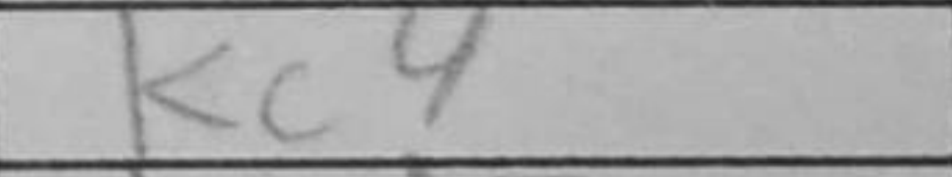
Transcription: Kc4